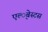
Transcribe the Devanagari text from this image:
एल्‍्बेस्टस